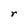
Character: r